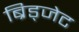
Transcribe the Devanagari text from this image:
ब्रिड्जेट